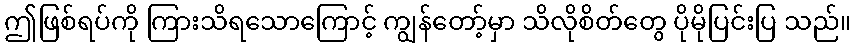
ဤဖြစ်ရပ်ကို ကြားသိရသောကြောင့် ကျွန်တော့်မှာ သိလိုစိတ်တွေ ပိုမိုပြင်းပြ သည်။